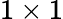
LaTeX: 1\times 1